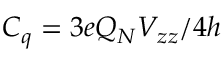
C _ { q } = 3 e Q _ { N } V _ { z z } / 4 h